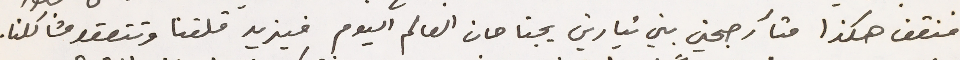
فنقف هكذا متآرجحين بين تيارين يجتاحان العالم اليوم فيزيد قلقنا وتتعقد مشاكلنا.